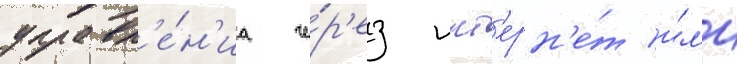
управл'е́н'иа че́р'ез инт'ерн'е́т и́л'и